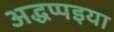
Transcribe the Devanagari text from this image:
अद्धप्पइया